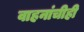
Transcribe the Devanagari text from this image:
वाहनांचीही